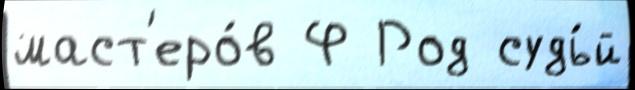
маст'еро́в Ф Род судь́й